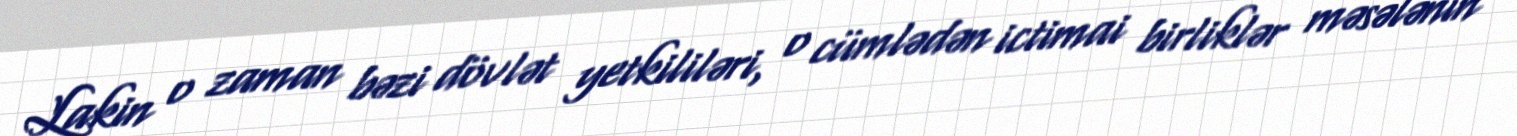
Lakin o zaman bəzi dövlət yetkililəri, o cümlədən ictimai birliklər məsələnin